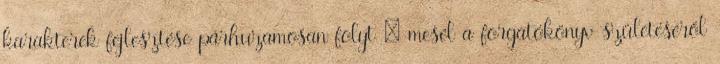
karakterek fejlesztése párhuzamosan folyt – mesél a forgatókönyv születéséről